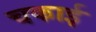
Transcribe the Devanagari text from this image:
चकाई